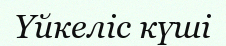
Үйкеліс күші